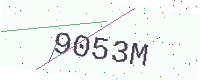
Text: 9053M